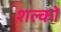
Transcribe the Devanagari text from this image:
शल्‍कों